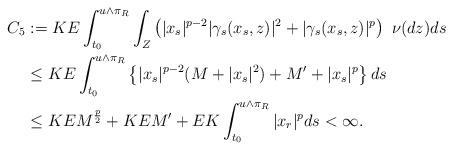
LaTeX: \begin{align*} C_5&:= KE\int_{t_0}^{u \wedge \pi_R} \int_Z \left(|x_{s}|^{p-2} |\gamma_s( x_s,z)|^2+|\gamma_s( x_s,z)|^p \right)\ \nu (dz)ds \\& \leq KE\int_{t_0}^{u \wedge \pi_R} \left\{|x_{s}|^{p-2}(M+|x_{s}|^2)+M'+|x_s|^p \right\}ds \\& \leq K EM^\frac{p}{2}+K EM' +EK\int_{t_0}^{u \wedge \pi_R} |x_r|^pds < \infty.\end{align*}